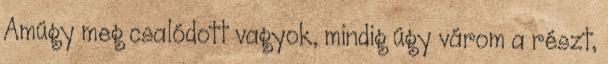
Amúgy meg csalódott vagyok, mindig úgy várom a részt,